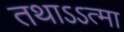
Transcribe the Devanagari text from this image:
तथाऽऽत्मा